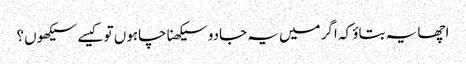
اچھا یہ بتاؤ کہ اگر میں یہ جادو سیکھنا چاہوں تو کیسے سیکھوں؟